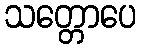
သတ္တောပေ